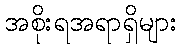
အစိုးရအရာရှိများ